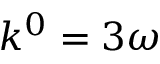
k ^ { 0 } = 3 \omega